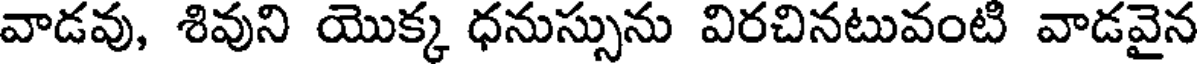
వాడవు, శివుని యొక్క ధనుస్సును విరచినటువంటి వాడవైన